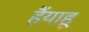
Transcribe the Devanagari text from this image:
हैंयाहू